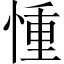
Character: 𢝆